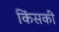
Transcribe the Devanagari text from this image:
किंसकी